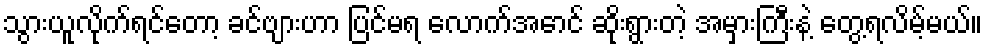
သွားယူလိုက်ရင်တော့ ခင်ဗျားဟာ ပြင်မရ လောက်အောင် ဆိုးရွားတဲ့ အမှားကြီးနဲ့ တွေ့ရလိမ့်မယ်။